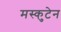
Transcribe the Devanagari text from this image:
मस्कुटेन